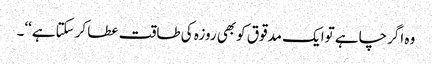
وہ اگرچاہے توایک مدقوق کوبھی روزہ کی طاقت عطا کرسکتاہے‘‘۔